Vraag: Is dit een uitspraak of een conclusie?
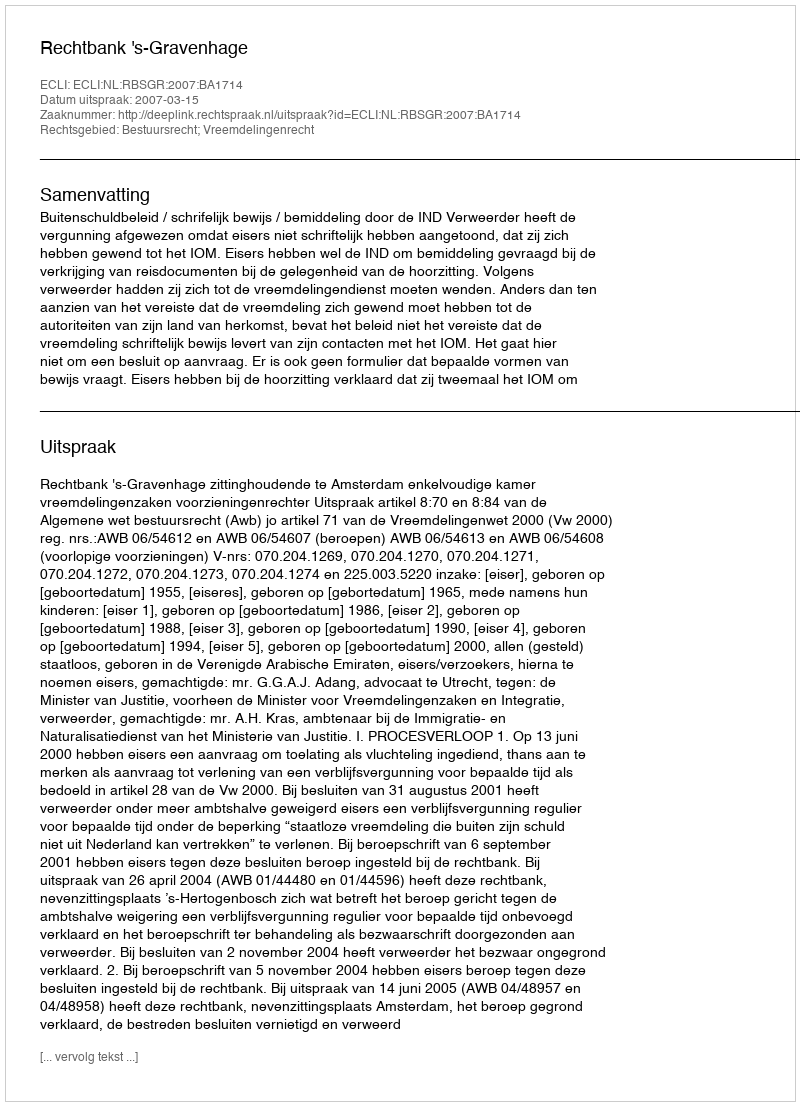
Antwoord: Uitspraak